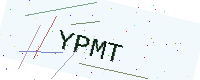
Text: YPMT